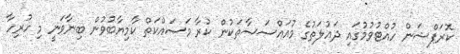
ކޮރަޕްޝަން ހުއްޓުވުމުގައި ދައުލަތުގެ މުއައްސަސާތަކުން ކުރާ މަސައްކަތް ކާމިޔާބުވުން ބިނާވަނީ މި ހުރިހާ